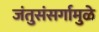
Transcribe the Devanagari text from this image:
जंतुसंसर्गामुळे